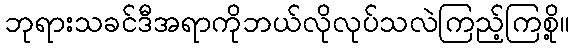
ဘုရားသခင်ဒီအရာကိုဘယ်လိုလုပ်သလဲကြည့်ကြစို့။